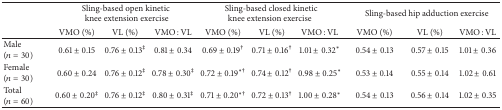
<table><thead><tr><td><b> </b></td><td colspan="3"><b>Sling-based open kinetic knee extension exercise</b></td><td colspan="3"><b>Sling-based closed kinetic knee extension exercise</b></td><td colspan="3"><b>Sling-based hip adduction exercise</b></td></tr><tr><td><b> </b></td><td><b>VMO (%)</b></td><td><b>VL (%)</b></td><td><b>VMO : VL</b></td><td><b>VMO (%)</b></td><td><b>VL (%)</b></td><td><b>VMO : VL</b></td><td><b>VMO (%)</b></td><td><b>VL (%)</b></td><td><b>VMO : VL</b></td></tr></thead><tbody><tr><td>Male (<i>n</i> = 30)</td><td>0.61 ± 0.15</td><td>0.76 ± 0.13<sup>‡</sup></td><td>0.81 ± 0.34</td><td>0.69 ± 0.19<sup>†</sup></td><td>0.71 ± 0.16<sup>†</sup></td><td>1.01 ± 0.32<sup><i>∗</i></sup></td><td>0.54 ± 0.13</td><td>0.57 ± 0.15</td><td>1.01 ± 0.36</td></tr><tr><td>Female (<i>n</i> = 30)</td><td>0.60 ± 0.24</td><td>0.76 ± 0.12<sup>‡</sup></td><td>0.78 ± 0.30<sup>‡</sup></td><td>0.72 ± 0.19<sup><i>∗</i>†</sup></td><td>0.74 ± 0.12<sup>†</sup></td><td>0.98 ± 0.25<sup><i>∗</i></sup></td><td>0.53 ± 0.14</td><td>0.55 ± 0.14</td><td>1.02 ± 0.61</td></tr><tr><td>Total (<i>n</i> = 60)</td><td>0.60 ± 0.20<sup>‡</sup></td><td>0.76 ± 0.12<sup>‡</sup></td><td>0.80 ± 0.31<sup>‡</sup></td><td>0.71 ± 0.20<sup><i>∗</i>†</sup></td><td>0.72 ± 0.13<sup>†</sup></td><td>1.00 ± 0.28<sup><i>∗</i></sup></td><td>0.54 ± 0.13</td><td>0.56 ± 0.14</td><td>1.02 ± 0.35</td></tr></tbody></table>